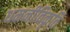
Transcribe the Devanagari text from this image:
धमनीविकृति